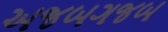
અજબગજબ